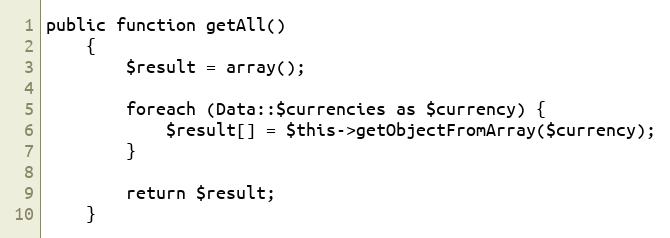
Language: PHP
public function getAll()
    {
        $result = array();

        foreach (Data::$currencies as $currency) {
            $result[] = $this->getObjectFromArray($currency);
        }

        return $result;
    }